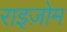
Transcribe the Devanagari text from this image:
राइज़ोम